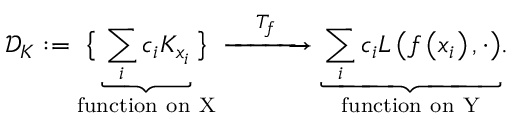
\mathscr { D } _ { K } : = \underset { \mathrm { f u n c t i o n ~ o n ~ \ensuremath { X } } } { \big \{ \underbrace { \sum _ { i } c _ { i } K _ { x _ { i } } } \big \} } \xrightarrow { \quad T _ { f } \quad } \underset { \mathrm { f u n c t i o n ~ o n ~ \ensuremath { Y } } } { \underbrace { \sum _ { i } c _ { i } L \left( f \left( x _ { i } \right) , \cdot \right) } } .